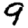
Digit: 9